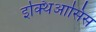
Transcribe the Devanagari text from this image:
इक्थिआसिस